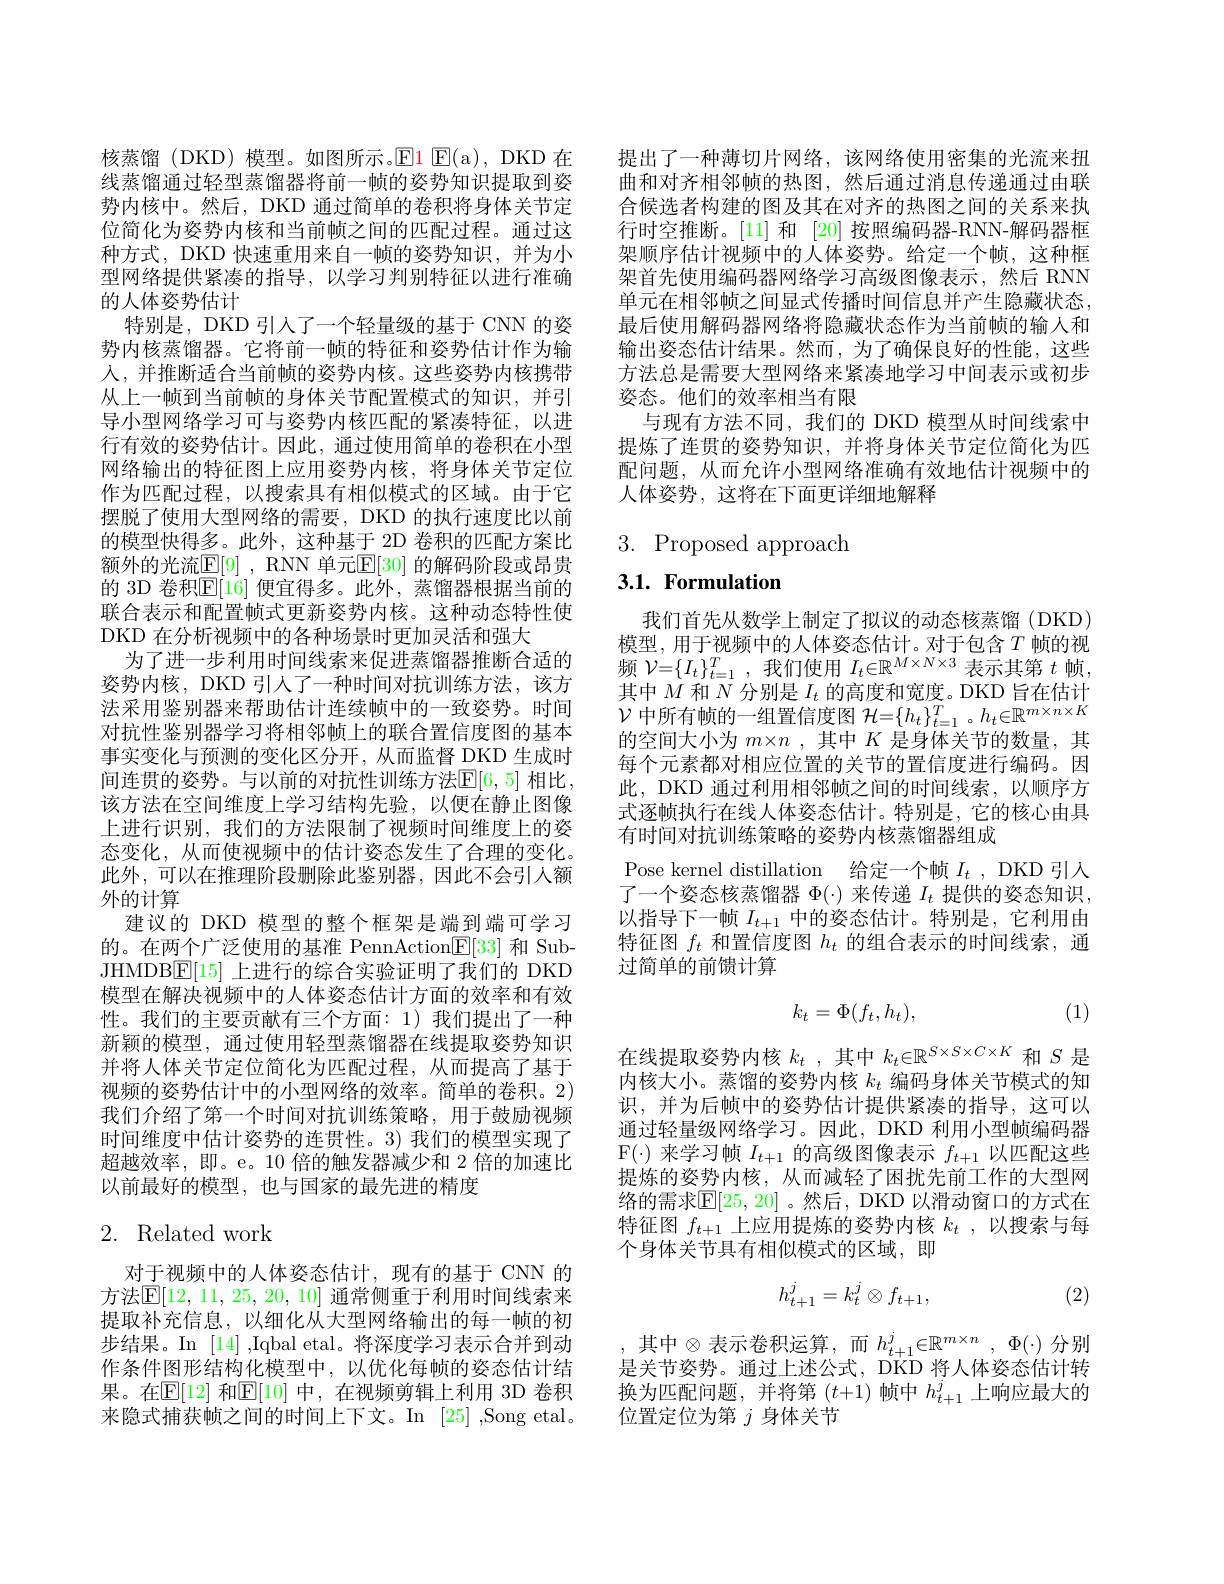
核蒸馏 (DKD) 模型。如图所示。$\operatorname{El}\operatorname{E}($a), DKD 在线蒸馏通过轻型蒸馏器将前一帧的姿势知识提取到姿势内核中。然后，DKD 通过简单的卷积将身体关节定位简化为姿势内核和当前帧之间的匹配过程。通过这种方式，DKD 快速重用来自一帧的姿势知识，并为小型网络提供紧凑的指导，以学习判别特征以进行准确的人体姿势估计
特别是，DKD 引人了一个轻量级的基于 CNN 的姿势内核蒸馏器。它将前一帧的特征和姿势估计作为输人，并推断适合当前帧的姿势内核。这些姿势内核携带从上一帧到当前帧的身体关节配置模式的知识，并引导小型网络学习可与姿势内核匹配的紧凑特征，以进行有效的姿势估计。因此，通过使用简单的卷积在小型网络输出的特征图上应用姿势内核，将身体关节定位作为匹配过程，以搜索具有相似模式的区域。由于它摆脱了使用大型网络的需要，DKD 的执行速度比以前的模型快得多。此外，这种基于 2D 卷积的匹配方案比额外的光流$\overline{\mathrm{E}}[9]$, RNN 单元$\underline{\mathrm{E}}[30]$ 的解码阶段或昂贵的 3D 卷积$\mathbb{E}[16]$ 便宜得多。此外，蒸馏器根据当前的联合表示和配置帧式更新姿势内核。这种动态特性使DKD 在分析视频中的各种场景时更加灵活和强大
为了进一步利用时间线索来促进蒸馏器推断合适的姿势内核，DKD 引人了一种时间对抗训练方法，该方法采用鉴别器来帮助估计连续帧中的一致姿势。时间对抗性鉴别器学习将相邻帧上的联合置信度图的基本事实变化与预测的变化区分开，从而监督 DKD 生成时间连贯的姿势。与以前的对抗性训练方法$\mathbb{E}[6,5]$ 相比， 该方法在空间维度上学习结构先验，以便在静止图像上进行识别，我们的方法限制了视频时间维度上的姿态变化，从而使视频中的估计姿态发生了合理的变化。此外，可以在推理阶段删除此鉴别器，因此不会引人额外的计算
建议的 DKD 模型的整个框架是端到端可学习的。在两个广泛使用的基准 PennAction$\underline{\mathrm{E}}[33]$和 SubJHMDB$\boxed{\mathrm{F}}[15]$上进行的综合实验证明了我们的 DKD 模型在解决视频中的人体姿态估计方面的效率和有效性。我们的主要贡献有三个方面：1) 我们提出了一种新颖的模型，通过使用轻型蒸馏器在线提取姿势知识并将人体关节定位简化为匹配过程，从而提高了基于视频的姿势估计中的小型网络的效率。简单的卷积。2) 我们介绍了第一个时间对抗训练策略，用于鼓励视频时间维度中估计姿势的连贯性。3) 我们的模型实现了超越效率，即。e。10 倍的触发器减少和 2 倍的加速比以前最好的模型，也与国家的最先进的精度

# 2. Related work

对于视频中的人体姿态估计，现有的基于 CNN 的方法$\mathsf{E}[12,11,25,20,10]$ 通常侧重于利用时间线索来提取补充信息，以细化从大型网络输出的每一帧的初步结果。In [14] ,Iqbal etal。将深度学习表示合并到动作条件图形结构化模型中，以优化每帧的姿态估计结果。在$\mathbb{E}[12]$ 和$\mathbb{E}[10]$ 中，在视频剪辑上利用 3D 卷积来隐式捕获帧之间的时间上下文。In [25] ,Song etal.

提出了一种薄切片网络，该网络使用密集的光流来扭曲和对齐相邻帧的热图，然后通过消息传递通过由联合候选者构建的图及其在对齐的热图之间的关系来执行时空推断。[11] 和 [20] 按照编码器-RNN-解码器框架顺序估计视频中的人体姿势。给定一个帧，这种框架首先使用编码器网络学习高级图像表示，然后 RNN 单元在相邻帧之间显式传播时间信息并产生隐藏状态， 最后使用解码器网络将隐藏状态作为当前帧的输入和输出姿态估计结果。然而，为了确保良好的性能，这些方法总是需要大型网络来紧凑地学习中间表示或初步姿态。他们的效率相当有限
与现有方法不同，我们的 DKD 模型从时间线索中提炼了连贯的姿势知识，并将身体关节定位简化为匹配问题，从而允许小型网络准确有效地估计视频中的人体姿势，这将在下面更详细地解释

3. Proposed approach

3.1. Formulation

我们首先从数学上制定了拟议的动态核蒸馏(DKD) 模 型 , 用 于 视 频 中 的 人 体 姿 态 估 计 。对 于 包 含 $T$ 帧 的 视 频 $\mathcal{V} = \{ I_t\} _{t= 1}^T$, 我 们 使 用 $I_t\in \mathbb{R} ^{M\times N\times 3}$ 表 示 其 第 $t$ 帧 , 其中$M$和$N$分别是$I_t$的高度和宽度。DKD 旨在估计$\mathcal{V}$中所有帧的一组置信度图$\mathcal{H}=\{h_t\}_t=1^T$。$h_t\in\mathbb{R}^{m\times n\times K}$ 的空间大小为$m\times n$ ,其中$K$是身体关节的数量，其每个元素都对相应位置的关节的置信度进行编码。因此，DKD 通过利用相邻帧之间的时间线索，以顺序方式逐帧执行在线人体姿态估计。特别是，它的核心由具有时间对抗训练策略的姿势内核蒸馏器组成
Pose kernel distillation 给定一个帧$I_t$, DKD 引入了一个姿态核蒸馏器$\Phi(\cdot)$来传递$I_t$提供的姿态知识， 以指导下一帧$I_t+1$中的姿态估计。特别是，它利用由特征图$f_t$和置信度图$h_t$的组合表示的时间线索，通过简单的前馈计算

(1)
$$k_t=\Phi(f_t,h_t),$$
在线提取姿势内核$k_t$ ,其中$k_t\in\mathbb{R}^S\times S\times C\times K$和$S$是内核大小。蒸馏的姿势内核$k_t$编码身体关节模式的知识，并为后帧中的姿势估计提供紧凑的指导，这可以通过轻量级网络学习。因此，DKD 利用小型帧编码器F($\cdot) 来学习帧 I_{t+1} 的高级图像表示 f_{t+1} 以匹配这些$ 提炼的姿势内核，从而减轻了困扰先前工作的大型网络的需求$\mathbb{E}[25,20]$ 。然后，DKD 以滑动窗口的方式在特征图$f_{t+1}$上应用提炼的姿势内核$k_t$,以搜索与每个身体关节具有相似模式的区域，即

(2)
$$h_{t+1}^j=k_t^j\otimes f_{t+1},$$
,其中$\otimes$表示卷积运算，而$h_t+1^j\in\mathbb{R}^{m\times n},\Phi(\cdot)$分别是关节姿势。通过上述公式，DKD 将人体姿态估计转换为匹配问题，并将第$(t+1)$帧中$h_t+1^j$上响应最大的位置定位为第$j$身体关节